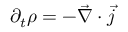
\partial _ { t } \rho = - { \vec { \nabla } } \cdot { \vec { j } }